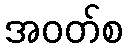
အဝတ်စ